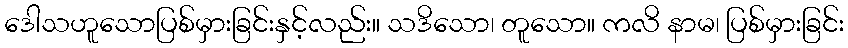
ဒေါသဟူသောပြစ်မှားခြင်းနှင့်လည်း။ သဒိသော၊ တူသော။ ကလိ နာမ၊ ပြစ်မှားခြင်း